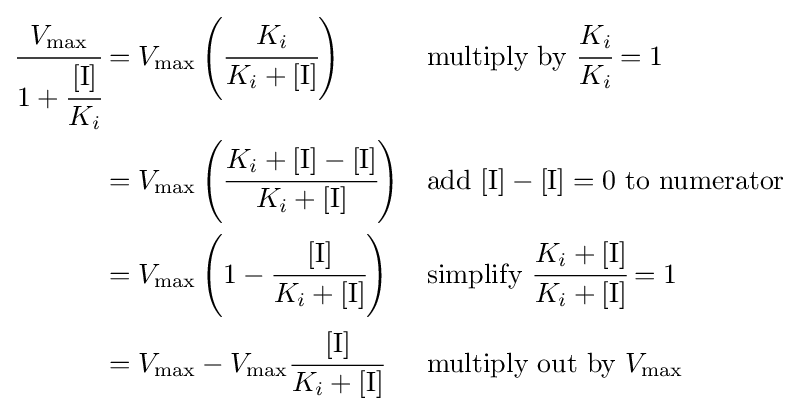
{\begin{aligned}{\cfrac {V_{\max }}{1+{\cfrac {[\mathrm {I} ]}{K_{i}}}}}&={V_{\max }}\left({\cfrac {K_{i}}{K_{i}+[{\ce {I}}]}}\right)&&{\text{multiply by }}{\cfrac {K_{i}}{K_{i}}}=1\\&={V_{\max }}\left({\cfrac {K_{i}+[{\ce {I}}]-[{\ce {I}}]}{K_{i}+[{\ce {I}}]}}\right)&&{\text{add }}[{\ce {I}}]-[{\ce {I}}]=0{\text{ to numerator}}\\&={V_{\max }}\left(1-{\cfrac {[{\ce {I}}]}{K_{i}+[{\ce {I}}]}}\right)&&{\text{simplify }}{\cfrac {K_{i}+[{\ce {I}}]}{K_{i}+[{\ce {I}}]}}=1\\&=V_{\max }-V_{\max }{\cfrac {[\mathrm {I} ]}{K_{i}+[{\ce {I}}]}}&&{\text{multiply out by }}V_{\max }\end{aligned}}